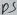
Text: D5